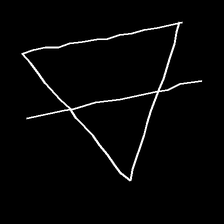
Glyph: empower